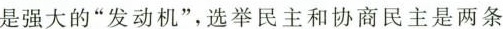
是强大的”发动机”，选举民主和协商民主是两条